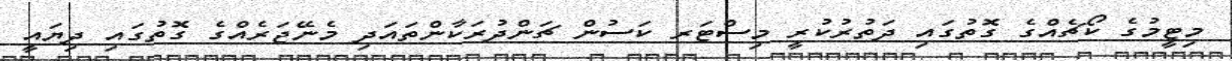
މިޓީމުގެ ކޯޗެއްގެ ގޮތުގައި ދަތުރުކުރީ މިސްޓަރ ކަސުން ޗަންދުރަކާންތައަދި މެނޭޖަރެއްގެ ގޮތުގައި ދިޔައީ